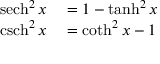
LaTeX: \begin{array} { r l } { \operatorname { s e c h } ^ { 2 } x } & { { } = 1 - \operatorname { t a n h } ^ { 2 } x } \\ { \operatorname { c s c h } ^ { 2 } x } & { { } = \coth ^ { 2 } x - 1 } \end{array}